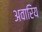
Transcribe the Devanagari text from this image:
अवारिय